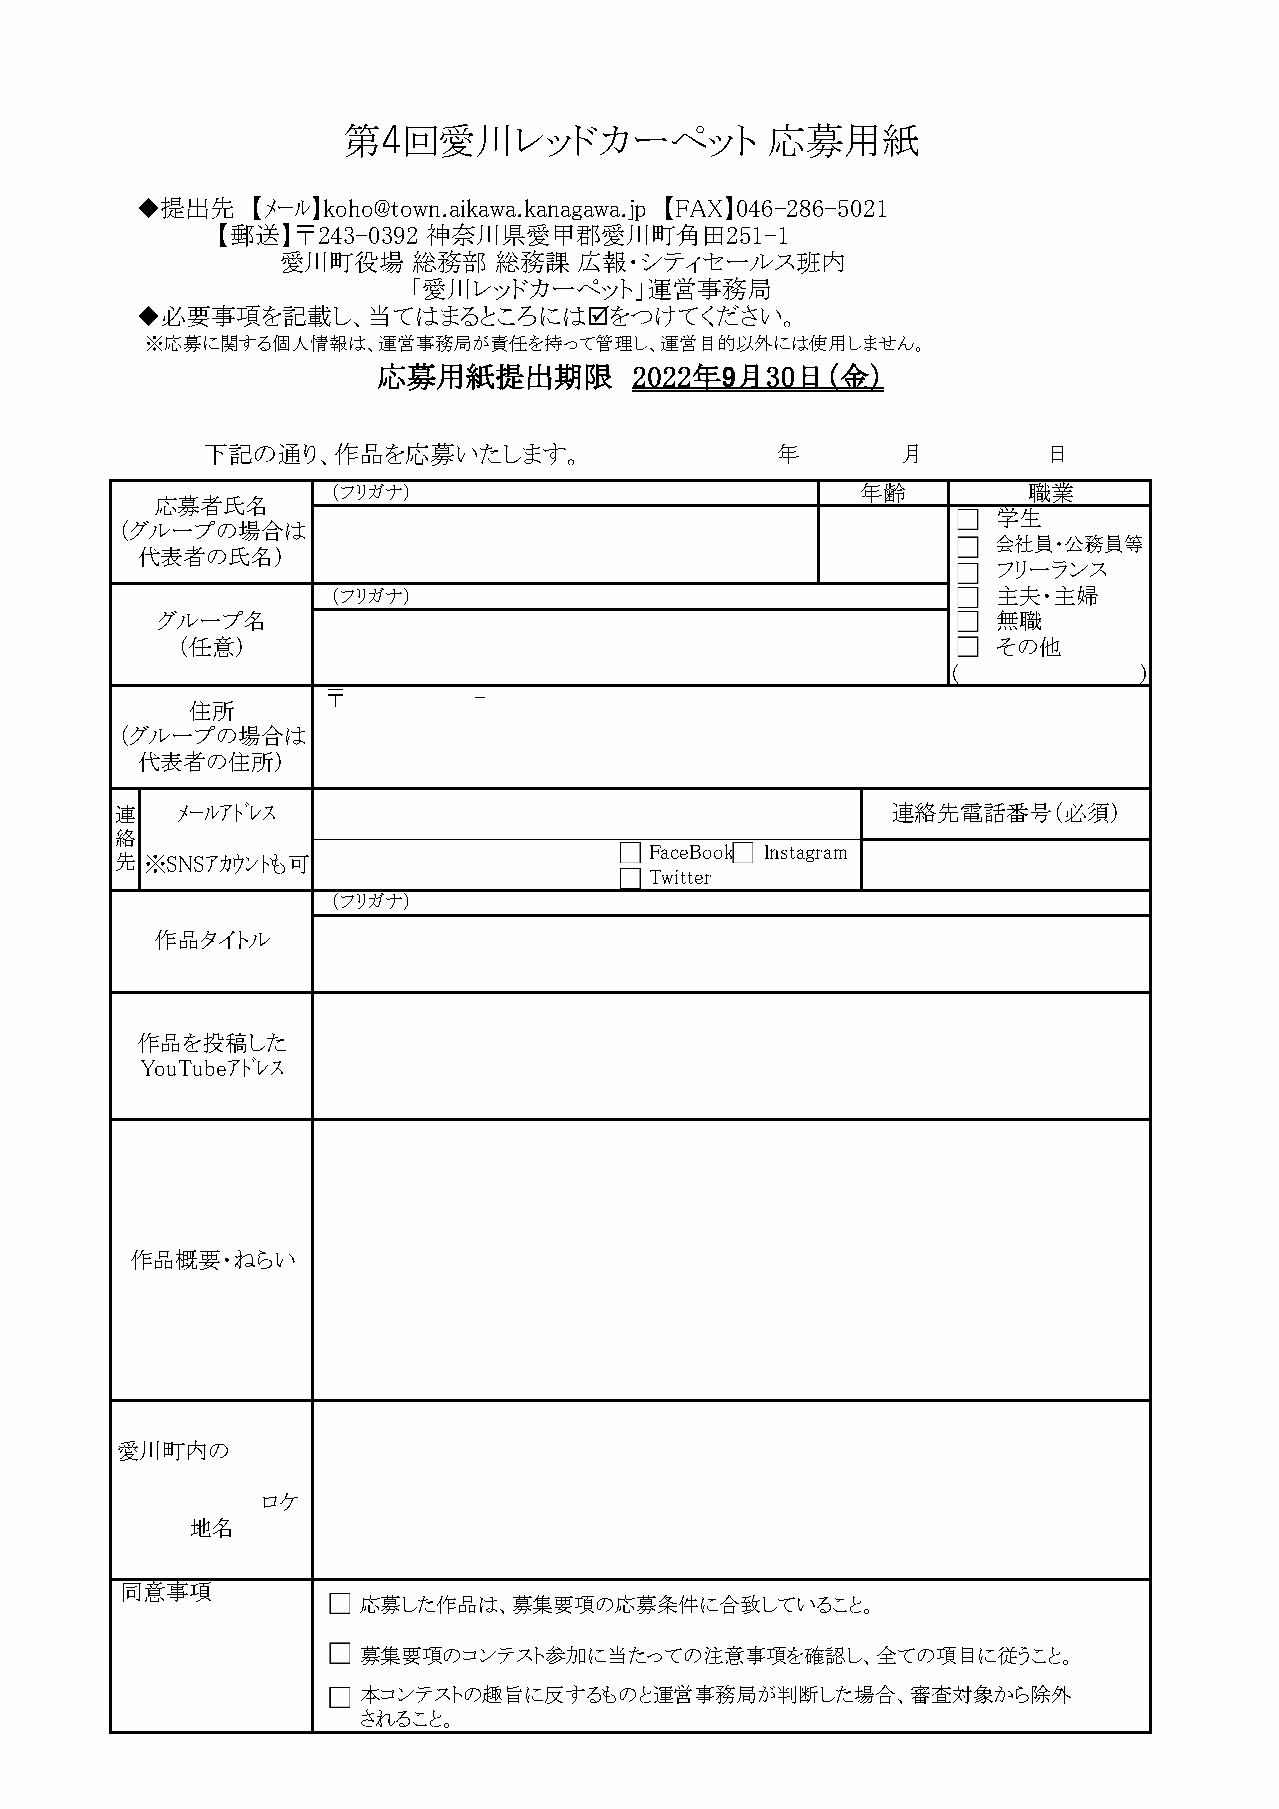
第4回愛川レッドカーペット               応募用紙
 ◆提出先    【ﾒｰﾙ】koho@town.aikawa.kanagawa.jp 【FAX】046-286-5021
 【郵送】〒243-0392 神奈川県愛甲郡愛川町角田251-1
 愛川町役場   総務部   総務課  広報・シティセールス班内
 「愛川レッドカーペット」運営事務局
 ◆必要事項を記載し、当てはまるところにはをつけてください。
 ※応募に関する個人情報は、運営事務局が責任を持って管理し、運営目的以外には使用しません。
 応募用紙提出期限         2022年9月30日（金）
 下記の通り、作品を応募いたします。                     年        月        日
 （フリガナ）                             年齢         職業
 応募者氏名
 学生
 （グループの場合は
 会社員・公務員等
 代表者の氏名）
 フリーランス
 （フリガナ）                                      主夫・主婦
 グループ名                                                   無職
 （任意）                                                  その他
 (           )
 〒         -
 住所
 （グループの場合は
 代表者の住所）
 連   ﾒｰﾙｱﾄﾞﾚｽ                                       連絡先電話番号（必須）
 絡
 FaceBook Instagram
 先 ※SNSｱｶｳﾝﾄも可
 Twitter
 （フリガナ）
 作品タイトル
 作品を投稿した
 YouTubeｱﾄﾞﾚｽ
 作品概要・ねらい
 愛川町内の
 ロケ
 地名
 同意事項
 応募した作品は、募集要項の応募条件に合致していること。
 募集要項のコンテスト参加に当たっての注意事項を確認し、全ての項目に従うこと。
 本コンテストの趣旨に反するものと運営事務局が判断した場合、審査対象から除外
 されること。